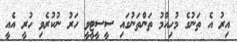
އިރު އެ ތަނުގެ މުހިއްމު ތަންތަނުގައި ސީސީޓީވީ ހަރު ނުކުރެވި ހުރީ އެއީ